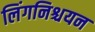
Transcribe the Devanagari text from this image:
लिंगनिश्चयन